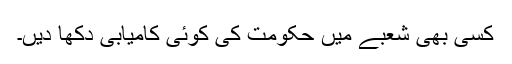
کسی بھی شعبے میں حکومت کی کوئی کامیابی دکھا دیں۔